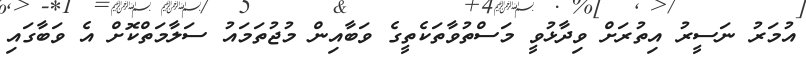
އުމަރު ނަސީރު އިތުރަށް ވިދާޅުވީ މަސްތުވާތަކެތީގެ ވަބާއިން މުޖުތަމައު ސަލާމަތްކޮށް އެ ވަބާގައި